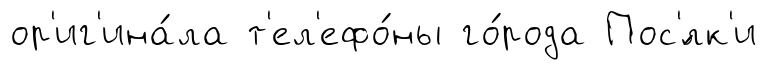
ор'иг'ина́ла т'ел'ефо́ны го́рода Пос'́лк'и